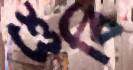
শুবি